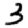
Digit: 3